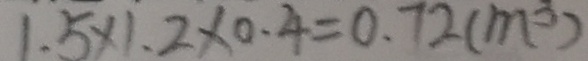
1 . 5 \times 1 . 2 \times 0 . 4 = 0 . 7 2 ( m ^ { 3 } )